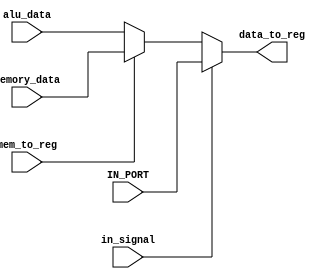
module write_back_stage(memory_data, alu_data,IN_PORT,in_signal, mem_to_reg, data_to_reg);
  input [15:0] memory_data ,alu_data,IN_PORT;
  input mem_to_reg,in_signal;
  output reg [15:0] data_to_reg;
   
   
   assign data_to_reg=(in_signal==1'b1)?IN_PORT:(mem_to_reg==1'b0)?alu_data:memory_data;
   
//always@(*)
//begin
 // if(in_signal==1)
 //   data_to_reg=IN_PORT;
 // else if(mem_to_reg == 0)
  //  data_to_reg = alu_data;
 // else 
  //  data_to_reg = memory_data;
 // end
endmodule